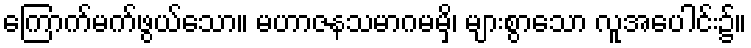
ကြောက်မက်ဖွယ်သော။ မဟာဇနသမာဂမမှိ၊ များစွာသော လူအပေါင်း၌။